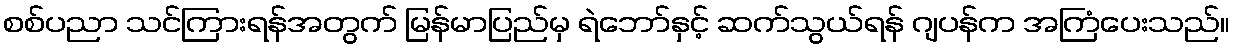
စစ်ပညာ သင်ကြားရန်အတွက် မြန်မာပြည်မှ ရဲဘော်နှင့် ဆက်သွယ်ရန် ဂျပန်က အကြံပေးသည်။